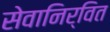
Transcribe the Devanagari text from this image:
सेवानिर्वित